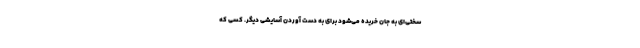
سختی‌ای به جان خریده می‌شود برای به دست آوردن آسایشی دیگر. کسی که